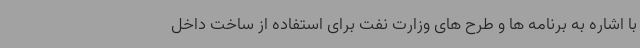
با اشاره به برنامه ها و طرح های وزارت نفت برای استفاده از ساخت داخل